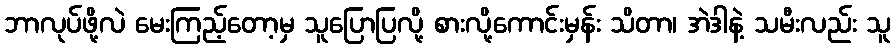
ဘာလုပ်ဖို့လဲ မေးကြည့်တော့မှ သူပြောပြလို့ စားလို့ကောင်းမှန်း သိတာ၊ အဲဒါနဲ့ သမီးလည်း သူ